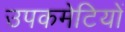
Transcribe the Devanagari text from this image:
उपकमेटियों